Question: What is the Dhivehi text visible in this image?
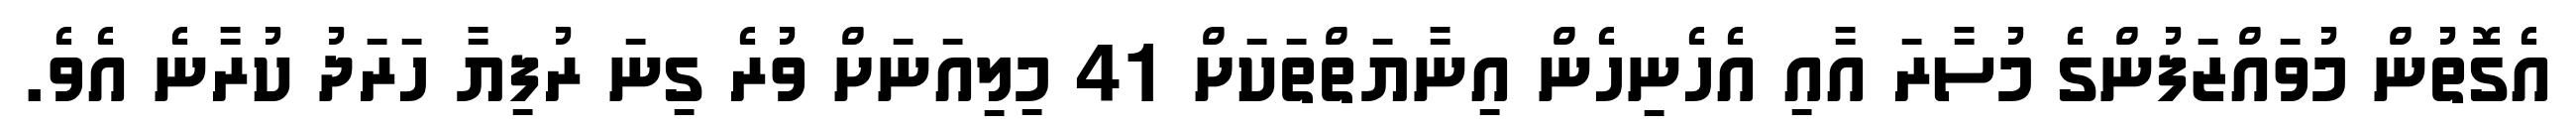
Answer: އެގޮތުން މުވައްޒަފުންގެ މުސާރަ އާއި އެހެނިހެން އިނާޔަތްތަކަށް 41 މިލިއަނަށް ވުރެ ގިނަ ރުފިޔާ ހަރަދު ކުރާނެ އެވެ.